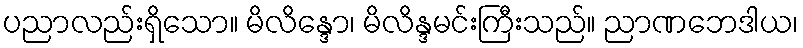
ပညာလည်းရှိသော။ မိလိန္ဒော၊ မိလိန္ဒမင်းကြီးသည်။ ညာဏဘေဒါယ၊